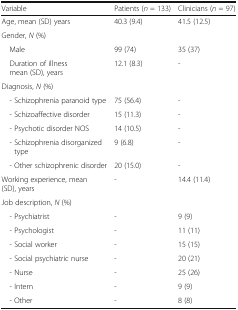
<table><thead><tr><td><b>Variable</b></td><td><b>Patients (<i>n</i> = 133)</b></td><td><b>Clinicians (<i>n</i> = 97)</b></td></tr></thead><tbody><tr><td>Age, mean (SD) years</td><td>40.3 (9.4)</td><td>41.5 (12.5)</td></tr><tr><td colspan="3">Gender, <i>N</i> (%)</td></tr><tr><td> Male</td><td>99 (74)</td><td>35 (37)</td></tr><tr><td> Duration of illness mean (SD), years</td><td>12.1 (8.3)</td><td>-</td></tr><tr><td colspan="3">Diagnosis, <i>N</i> (%)</td></tr><tr><td> - Schizophrenia paranoid type</td><td>75 (56.4)</td><td>-</td></tr><tr><td> - Schizoaffective disorder</td><td>15 (11.3)</td><td>-</td></tr><tr><td> - Psychotic disorder NOS</td><td>14 (10.5)</td><td>-</td></tr><tr><td> - Schizophrenia disorganized type</td><td>9 (6.8)</td><td>-</td></tr><tr><td> - Other schizophrenic disorder</td><td>20 (15.0)</td><td>-</td></tr><tr><td>Working experience, mean (SD), years</td><td>-</td><td>14.4 (11.4)</td></tr><tr><td colspan="3">Job description, <i>N</i> (%)</td></tr><tr><td> - Psychiatrist</td><td>-</td><td>9 (9)</td></tr><tr><td> - Psychologist</td><td>-</td><td>11 (11)</td></tr><tr><td> - Social worker</td><td>-</td><td>15 (15)</td></tr><tr><td> - Social psychiatric nurse</td><td>-</td><td>20 (21)</td></tr><tr><td> - Nurse</td><td>-</td><td>25 (26)</td></tr><tr><td> - Intern</td><td>-</td><td>9 (9)</td></tr><tr><td> - Other</td><td>-</td><td>8 (8)</td></tr></tbody></table>